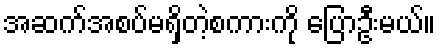
အဆက်အစပ်မရှိတဲ့စကားကို ပြောဦးမယ်။